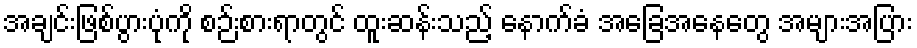
အချင်းဖြစ်ပွားပုံကို စဉ်းစားရာတွင် ထူးဆန်းသည့် နောက်ခံ အခြေအနေတွေ အများအပြား